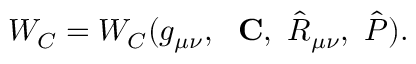
W _ { C } = W _ { C } ( g _ { \mu \nu } , \ \mathrm { \bf ~ C } , \ \hat { \cal R } _ { \mu \nu } , \ \hat { P } ) .